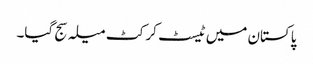
پاکستان میں ٹیسٹ کرکٹ میلہ سج گیا۔